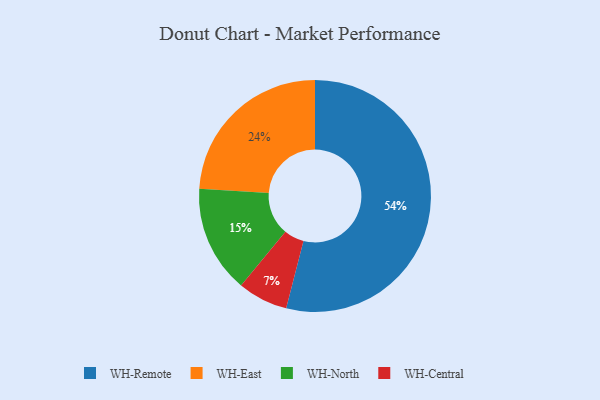
{"axis": {"x": "Category", "y": "Percentage"}, "legend": ["WH-Central", "WH-East", "WH-North", "WH-Remote"], "data": [{"x": "WH-North", "y": 15, "type": "WH-North"}, {"x": "WH-Central", "y": 7, "type": "WH-Central"}, {"x": "WH-Remote", "y": 54, "type": "WH-Remote"}, {"x": "WH-East", "y": 24, "type": "WH-East"}]}